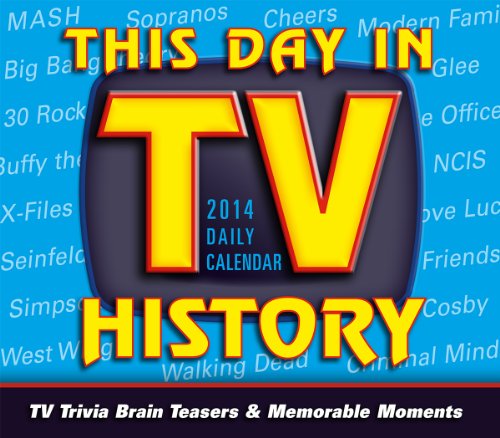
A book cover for This Day in TV History 2014 Boxed/Daily (calendar); Marc Berman; Calendars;